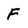
Character: F